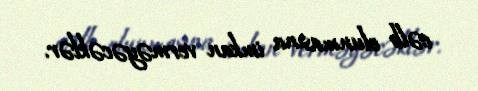
cəlb olunmasına imkan verməyəcəklər.